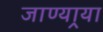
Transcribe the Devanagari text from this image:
जाण्यार्‍या